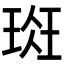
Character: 𰢁